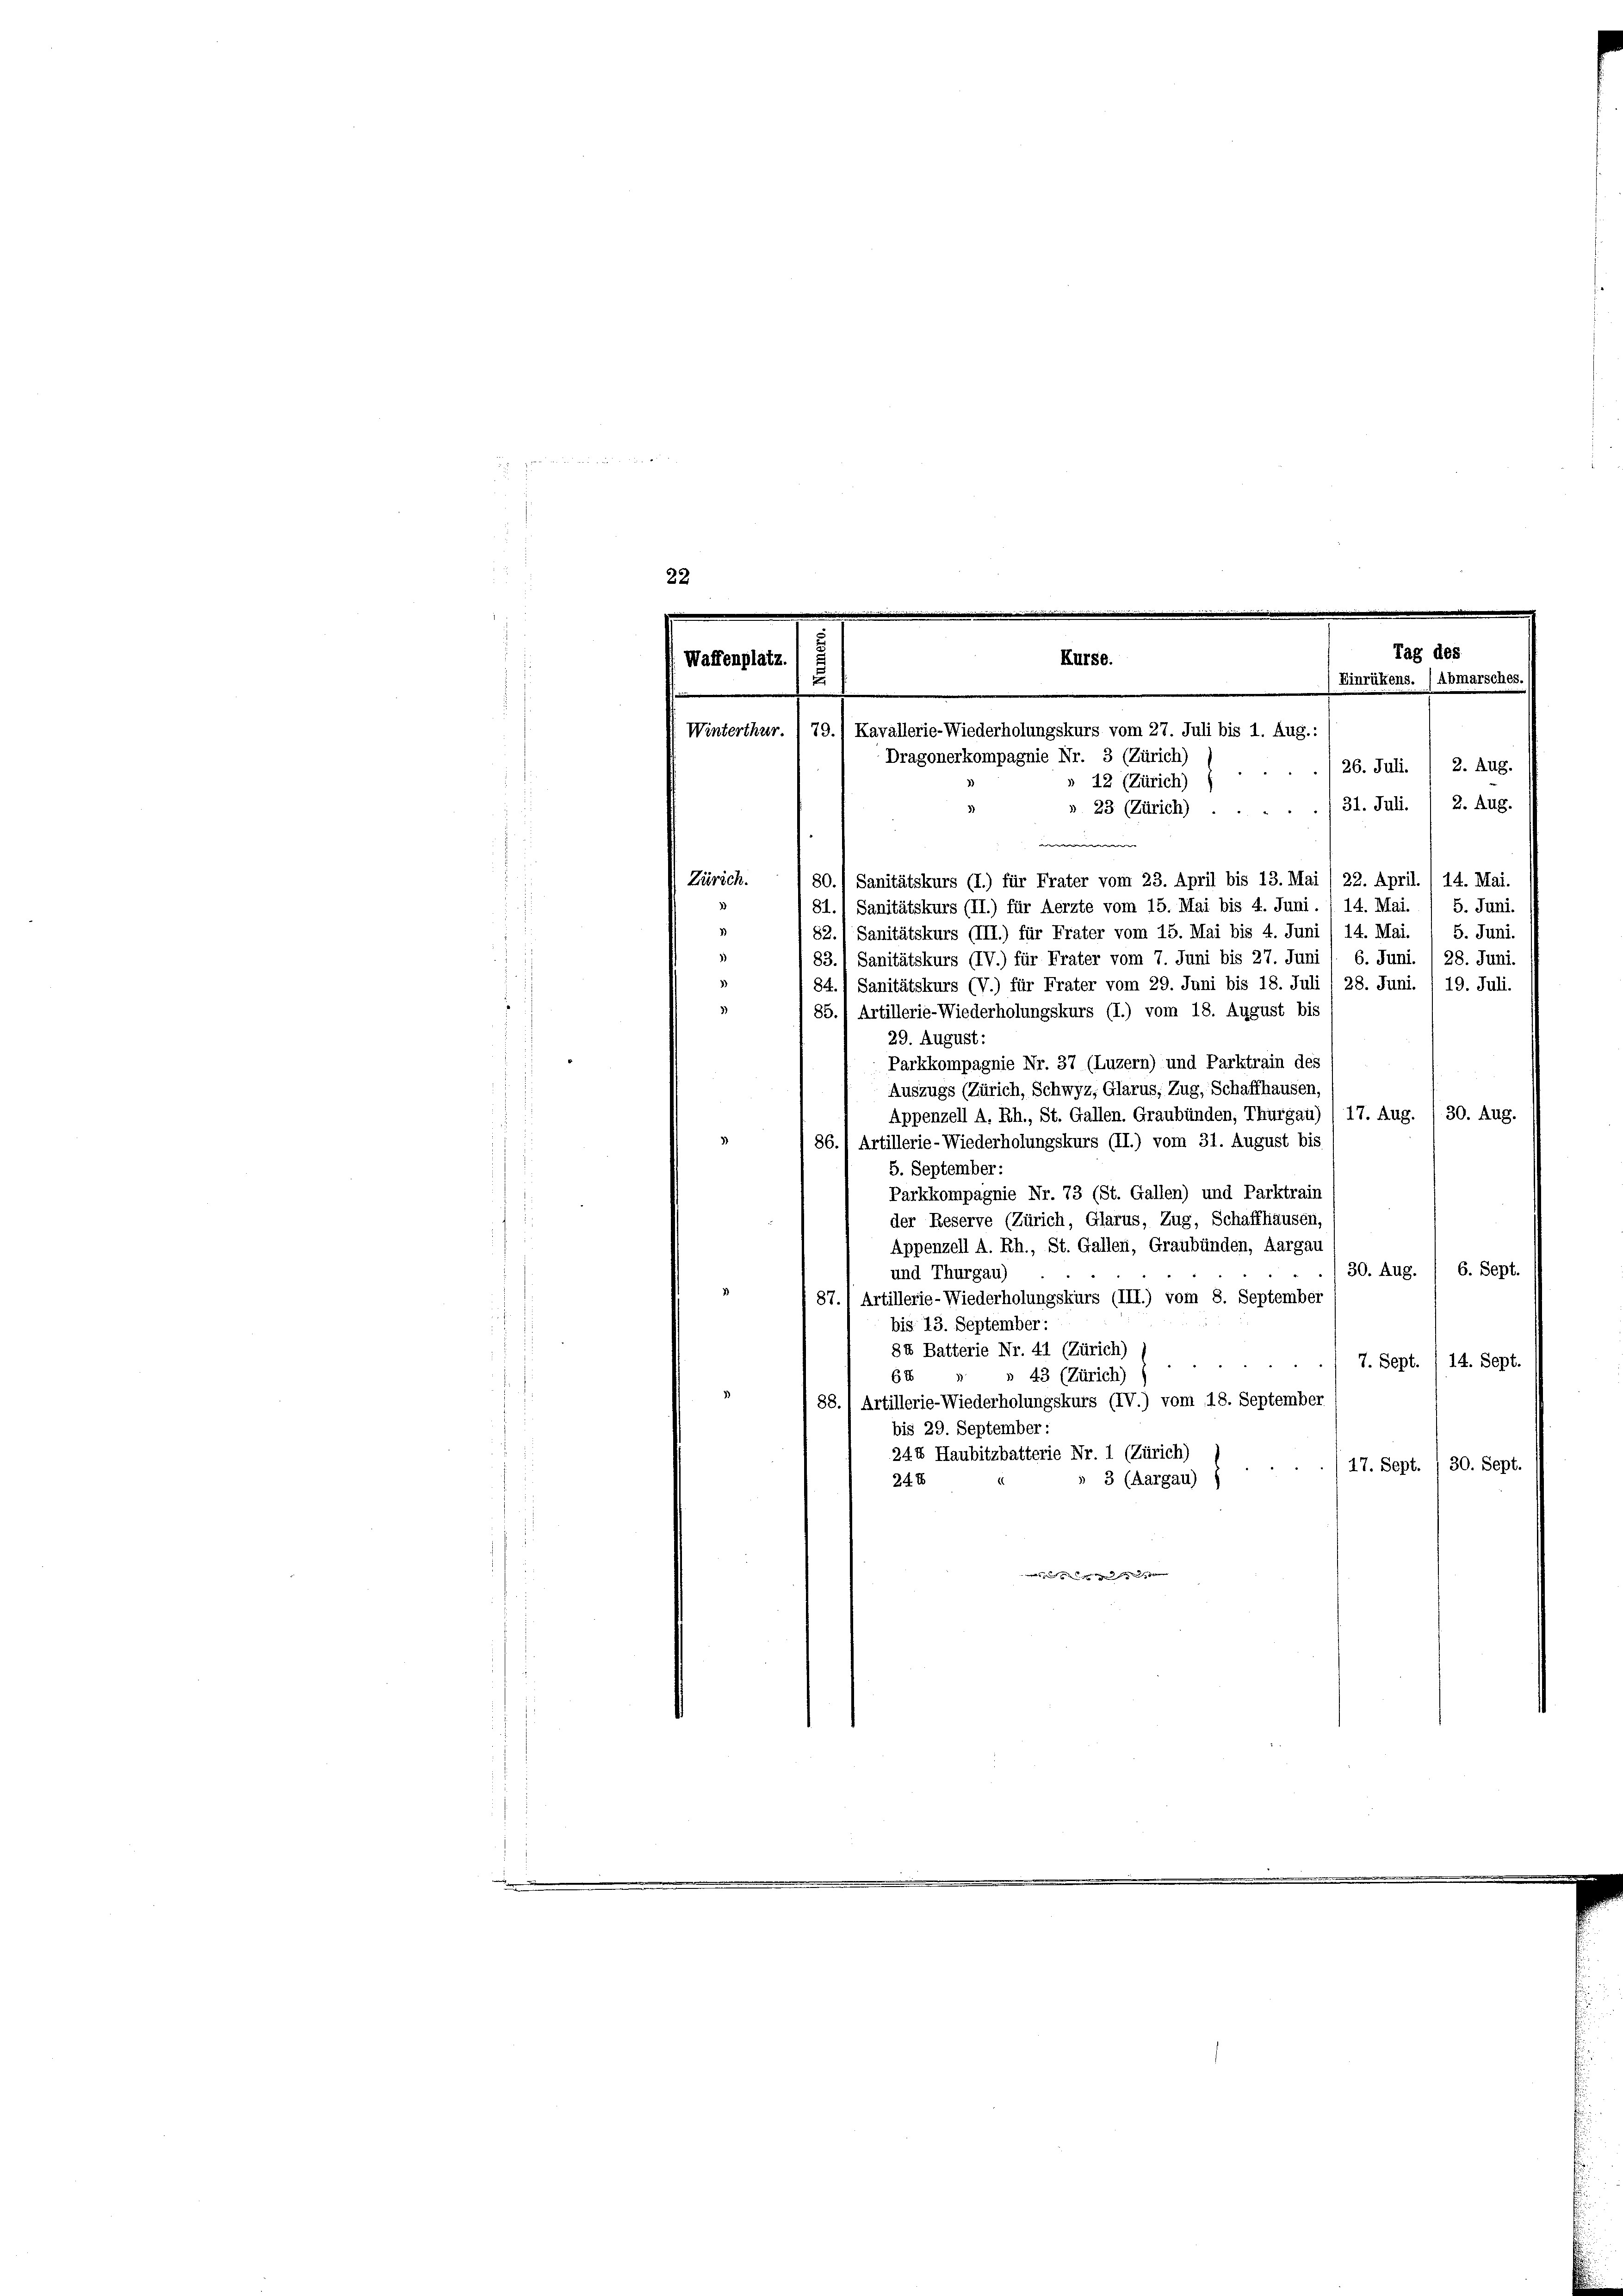
Zürich.
80.) Sanitätskurs (I.) für Frater vom 23. April bis 13. Mai / 22. April. ( 14. Mai.
81.) Sanitätskurs (II.) für Aerzte vom 15. Mai bis 4. Juni. / 14. Mai. / 5. Juni.
1)
82.) Sanitätskurs (III.) für Frater vom 15. Mai bis 4. Juni /14. Mai. 1 5. Juni.
83.1 Sanitätskurs (IV.) für Frater vom 7. Juni bis 27. Juni / 6. Juni. 1 28. Juni.
3)
84.) Sanitätskurs (V.) für Frater vom 29. Juni bis 18. Juli /28. Juni. 1 19. Juli.
3)
85.) Artillerie-Wiederholungskurs (I.) vom 18. August bis
29. August:
Parkkompagnie Nr. 37 (Luzern) und Parktrain des
Auszugs (Zürich, Schwyz, Glarus, Zug, Schaffhausen,
Appenzell A. Rh., St. Gallen. Graubünden, Thurgau) ( 17. Aug. / 30. Aug.
 86. 1 Artillerie-Wiederholungskurs (II.) vom 31. August bis
5. September:
Parkkompagnie Nr. 73 (St. Gallen) und Parktrain
der Reserve (Zürich, Glarus, Zug, Schaffhausen,
Appenzell A. Rh., St. Gallen, Graubünden, Aargau
30. Aug. / 6. Sept.
und Thurgau)
87.) Artillerie-Wiederholungskurs (III.) vom 8. September
bis 13. September:
84 Batterie Nr. 41 (Zürich)
7. Sept. / 14. Sept.
43 (Zürich)
64
88. 1 Artillerie-Wiederholungskurs (IV.) vom 18. September
bis 29. September:
244 Haubitzbatterie Nr. 1 (Zürich)
17. Sept. / 30. Sept.
3 (Aargau)
24 x

22
Tag des
Kurse.
Waffenplatz.
Einrükens. (Abmarsches.
2
.
Winterthur.  79.) Kavallerie-Wiederholungskurs vom 27. Juli bis 1. Aug.:
Dragonerkompagnie Nr. 3 (Zürich)
./26. Juli. / 2. Aug.
» 12 (Zürich)
31. Juli. 2. Aug.
23 (Zürich)